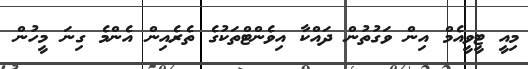
މިއީ ޓީވީއެމް އިން ވަގުތުން ދައްކާ އިވެންޓްތަކުގެ ތެރެއިން އެންމެ ގިނަ މީހުން